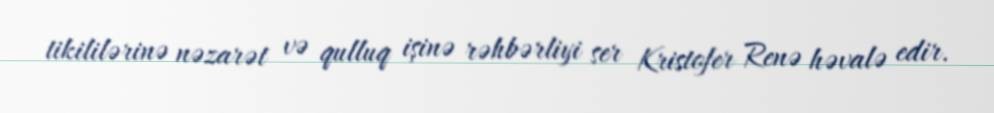
tikililərinə nəzarət və qulluq işinə rəhbərliyi ser Kristofer Renə həvalə edir.